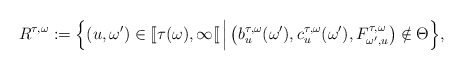
\begin{align*} R^{\tau,\omega}:= \Big\{(u,\omega') \in [\![\tau(\omega),\infty[\![ \, \Big| \, \big(b^{\tau,\omega}_{u}(\omega'), c^{\tau,\omega}_{u}(\omega'),F^{\tau,\omega}_{\omega',u}\big) \notin \Theta \Big\}, \end{align*}